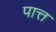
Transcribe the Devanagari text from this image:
पात्त